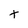
Character: t